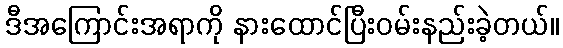
ဒီအကြောင်းအရာကို နားထောင်ပြီးဝမ်းနည်းခဲ့တယ်။